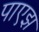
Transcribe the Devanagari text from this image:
पाएझ